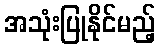
အသုံးပြုနိုင်မည့်